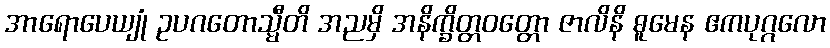
အာရောပေယျုံ ဥပဂတောသ္မီတိ အညမှိ အနိက္ခိတ္တဝတ္တော ဇာလိနိ ဓူမေန ဧကပုဂ္ဂလော